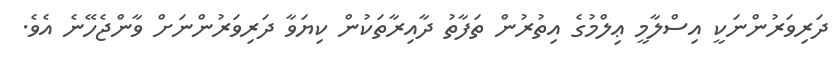
ދަރިވަރުންނަކީ އިސްލާމީ ޢިލްމުގެ އިތުރުން ތަފާތު ދާއިރާތަކުން ކިޔަވާ ދަރިވަރުންނަށް ވާންޖެހޭނެ އެވެ.